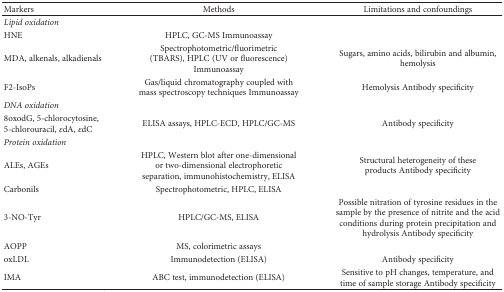
<table><thead><tr><td><b>Markers</b></td><td><b>Methods</b></td><td><b>Limitations and confoundings</b></td></tr></thead><tbody><tr><td><i>Lipid oxidation</i></td><td></td><td></td></tr><tr><td>HNE</td><td>HPLC, GC-MS Immunoassay</td><td></td></tr><tr><td>MDA, alkenals, alkadienals</td><td>Spectrophotometric/fluorimetric (TBARS), HPLC (UV or fluorescence)Immunoassay</td><td>Sugars, amino acids, bilirubin and albumin, hemolysis</td></tr><tr><td>F2-IsoPs</td><td>Gas/liquid chromatography coupled with mass spectroscopy techniques Immunoassay</td><td>Hemolysis Antibody specificity</td></tr><tr><td><i>DNA oxidation</i></td><td></td><td></td></tr><tr><td>8oxodG, 5-chlorocytosine, 5-chlorouracil, <i>ε</i>dA, <i>ε</i>dC</td><td>ELISA assays, HPLC-ECD, HPLC/GC-MS</td><td>Antibody specificity</td></tr><tr><td><i>Protein oxidation</i></td><td></td><td></td></tr><tr><td>ALEs, AGEs</td><td>HPLC, Western blot after one-dimensional or two-dimensional electrophoretic separation, immunohistochemistry, ELISA</td><td>Structural heterogeneity of these products Antibody specificity</td></tr><tr><td>Carbonils</td><td>Spectrophotometric, HPLC, ELISA</td><td></td></tr><tr><td>3-NO-Tyr</td><td>HPLC/GC-MS, ELISA</td><td>Possible nitration of tyrosine residues in the sample by the presence of nitrite and the acid conditions during protein precipitation and hydrolysis Antibody specificity</td></tr><tr><td>AOPP</td><td>MS, colorimetric assays</td><td></td></tr><tr><td>oxLDL</td><td>Immunodetection (ELISA)</td><td>Antibody specificity</td></tr><tr><td>IMA</td><td>ABC test, immunodetection (ELISA)</td><td>Sensitive to pH changes, temperature, and time of sample storage Antibody specificity</td></tr></tbody></table>